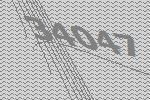
34047